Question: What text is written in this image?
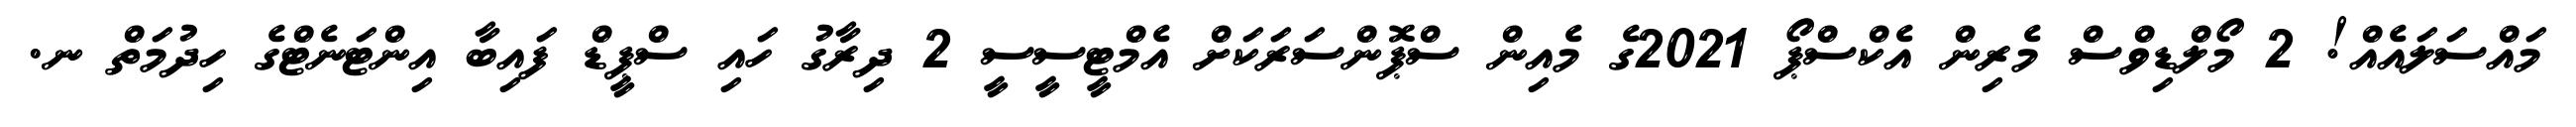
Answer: މައްސަލައެއް! 2 މޯލްޑިވްސް މެރިން އެކްސްޕޯ 2021ގެ މެއިން ސްޕޮންސަރަކަށް އެމްޓީސީސީ 2 ދިރާގު ހައި ސްޕީޑް ފައިބާ އިންޓަނެޓްގެ ހިދުމަތް ނ.